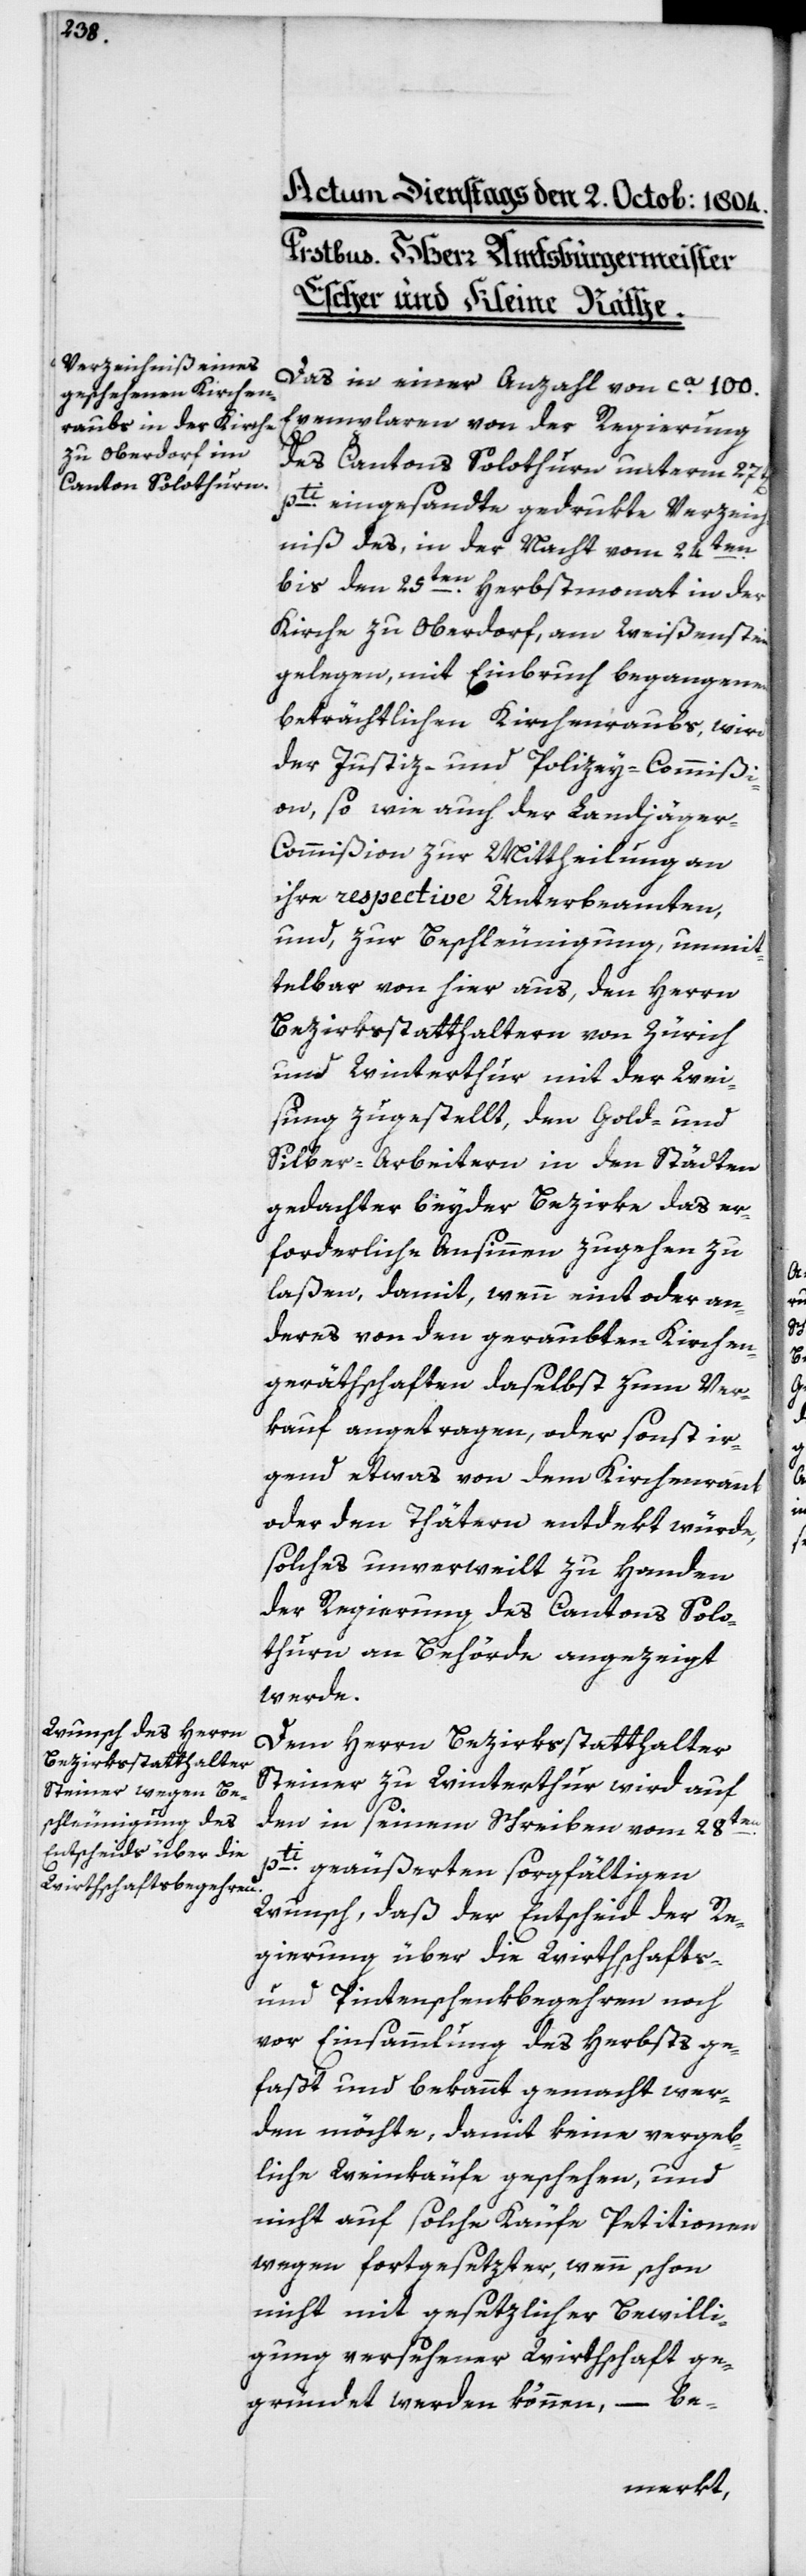
Das in einer Anzahl von ca 100
Exemplaren von der Regierung
des Cantons Solothurn unterm 27ten
pti eingesandte gedrukte Verzeich¬
nis des, in der Nacht vom 24ten
bis den 25 Herbstmonat in der
Kirche zu Oberdorf, am Weißenstein
gelegen, mit Einbruch begangenen
beträchtlichen Kirchenraubs, wird
der Justiz- und Policey-Commißi¬
on sowie auch der Landjäge¬
r-Commißion zur Mittheilung an
ihre respective Unterbeamten,
und zur Beschleunigung unmit¬
telbar von hier aus, den Herrn
Bezirksstatthalteren von Zürich
und Winterthur mit der Wei¬
sung zugestellt, den Gold- und
Silber-Arbeitern in den Städten
gedachter beyder Bezirke das er¬
forderliche Ansinnen zugehen zu
laßen, damit, wenn eint oder an¬
deres von den geraubten Kirchen¬
gerähtschaften daselbst zum Ver¬
kauf angetragen, oder sonst ir¬
gend etwas von dem Kirchenraub
oder den Thätern entdekt würde,
solches unverweilt zu Handen
der Regierung des Cantons Solo¬
thurn an Behörde angezeigt
werde.
Dem Herrn Bezirksstatthalter
Steiner zu Winterthur wird auf
den in seinem Schreiben vom 28ten
pti geäußerten sorgfältigen
Wunsch, daß der Entscheid der Re¬
gierung über die Wirthschafts-
und Pintenschenkbegehren noch
vor Einsammlung des Herbsts ge¬
faßt und bekannt gemacht wer¬
den möchte, damit keine vergeb¬
liche Weinkäufe geschehen, und
nicht auf solche Käufe Petitionen
wegen fortgesetzter, wenn schon
nicht mit gesezlicher Bewilli¬
gung versehener Wirthschaft ge¬
gründet werden können, – be-